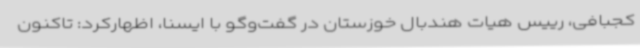
کجبافی، رییس هیات هندبال خوزستان در گفت‌وگو با ایسنا، اظهارکرد: تاکنون